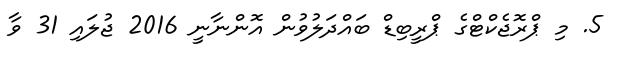
5. މި ޕްރޮޖެކްޓްގެ ޕްރީބިޑް ބައްދަލުވުން އޮންނާނީ 2016 ޖުލައި 31 ވާ